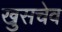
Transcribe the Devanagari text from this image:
खुसचेव